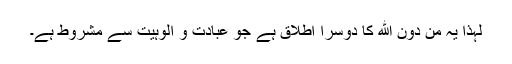
لہٰذا یہ مِنْ دُوْنِ اللهِ کا دوسرا اطلاق ہے جو عبادت و الوہیت سے مشروط ہے۔